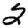
Digit: 2